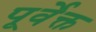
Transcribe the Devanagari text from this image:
पूर्वेक्त